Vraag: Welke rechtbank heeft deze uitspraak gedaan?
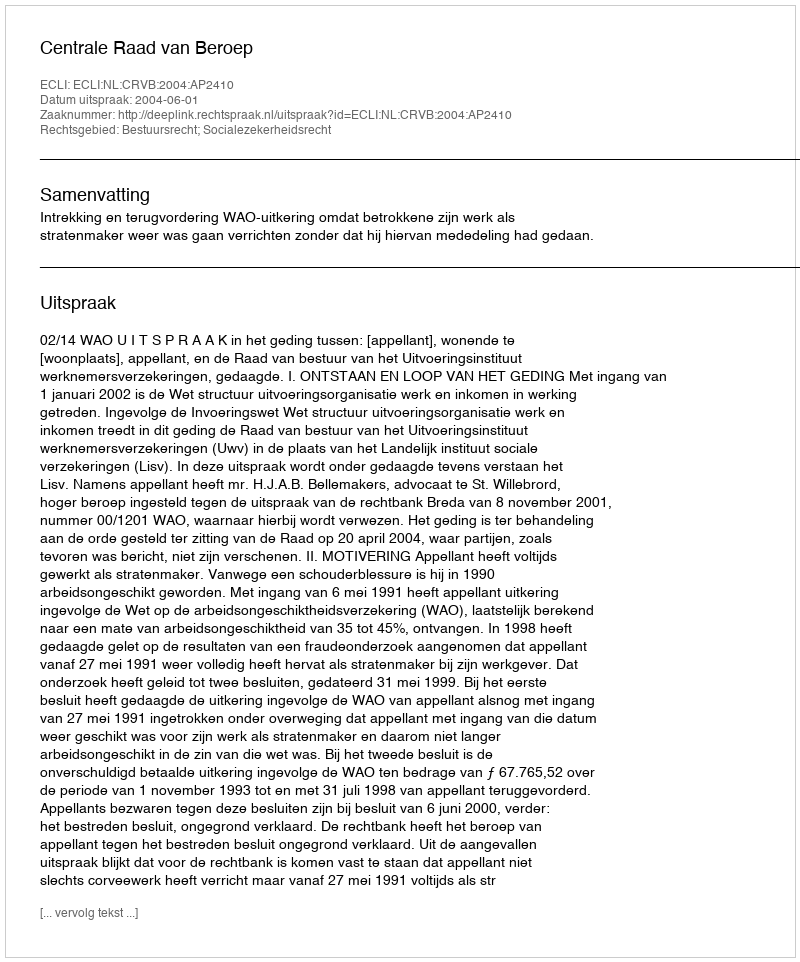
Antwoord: Centrale Raad van Beroep